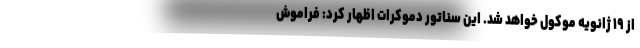
از ۱۹ ژانویه موکول خواهد شد. این سناتور دموکرات اظهار کرد: فراموش